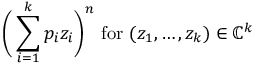
{ \biggl ( } \sum _ { i = 1 } ^ { k } p _ { i } z _ { i } { \biggr ) } ^ { n } { \mathrm { ~ f o r ~ } } ( z _ { 1 } , \ldots , z _ { k } ) \in \mathbb { C } ^ { k }